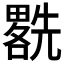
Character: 𱏯